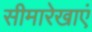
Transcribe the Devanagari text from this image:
सीमारेखाएं